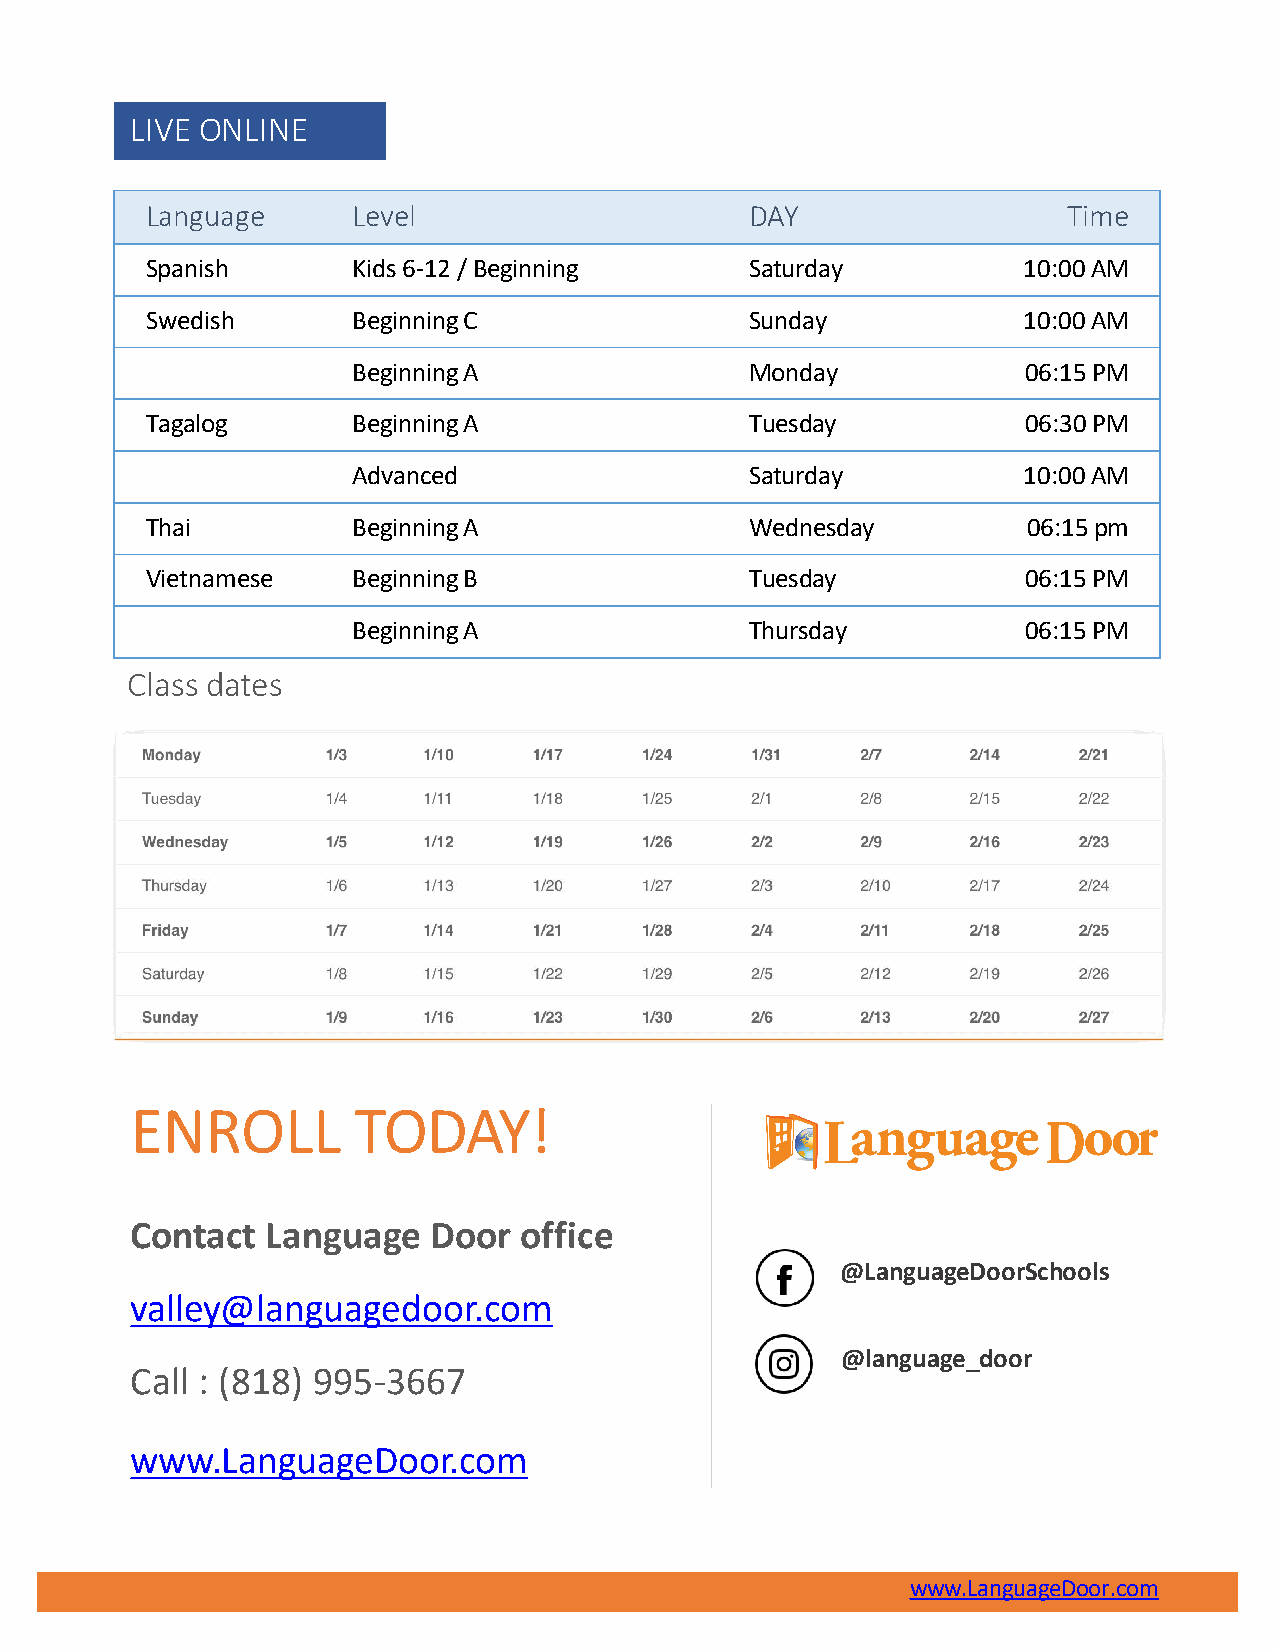
LIVE ONLINE
 Language     Level                      DAY                  Time
 Spanish      Kids 6-12 /Beginning       Saturday          10:00AM
 Swedish      BeginningC                 Sunday            10:00AM
 BeginningA                 Monday            06:15PM
 Tagalog      BeginningA                 Tuesday           06:30PM
 Advanced                   Saturday          10:00AM
 Thai         BeginningA                 Wednesday         06:15pm
 Vietnamese   BeginningB                 Tuesday           06:15PM
 BeginningA                 Thursday          06:15PM
 Class dates
 ENROLL        TODAY!
 Contact  Language  Door  office
 @LanguageDoorSchools
 valley@languagedoor.com
 @language_door
 Call : (818) 995-3667
 www.LanguageDoor.com
 www.LanguageDoor.com